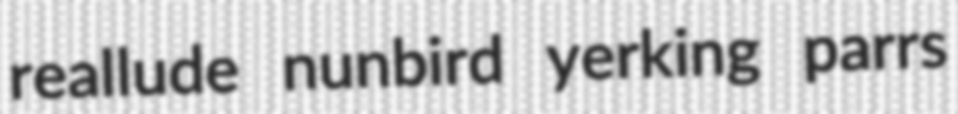
reallude nunbird yerking parrs